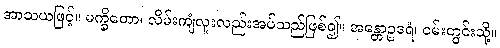
အာသယဖြင့်။ မက္ခိတော၊ လိမ်းကျံလူးလည်းအပ်သည်ဖြစ်၍။ အန္တောဥဒရံ၊ ဝမ်းတွင်းသို့။